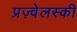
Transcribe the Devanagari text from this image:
प्रज़्वेलस्की